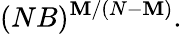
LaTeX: (NB)^{\mathbf{M}/(N-\mathbf{M})}.